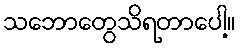
သဘောတွေသိရတာပေါ့။